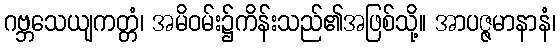
ဂဗ္ဘသေယျကတ္တံ၊ အမိဝမ်း၌ကိန်းသည်၏အဖြစ်သို့။ အာပဇ္ဇမာနာနံ၊